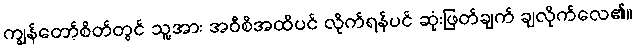
ကျွန်တော့်စိတ်တွင် သူ့အား အဝီစိအထိပင် လိုက်ရန်ပင် ဆုံးဖြတ်ချက် ချလိုက်လေ၏။